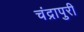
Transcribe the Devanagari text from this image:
चंद्रापुरी